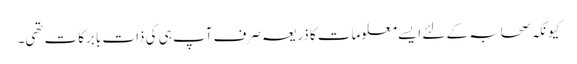
کیونکہ صحابہ کے لئے ایسے معلومات کا ذریعہ صرف آپ ہی کی ذات بابرکات تھی۔